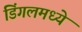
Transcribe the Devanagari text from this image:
डिंगलमध्ये